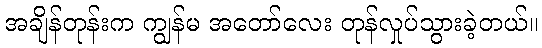
အချိန်တုန်းက ကျွန်မ အတော်လေး တုန်လှုပ်သွားခဲ့တယ်။